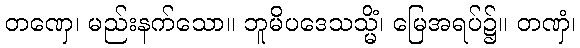
တဏှေ၊ မည်းနက်သော။ ဘူမိပဒေသသ္မိံ၊ မြေအရပ်၌။ တဏှံ၊